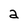
Character: a